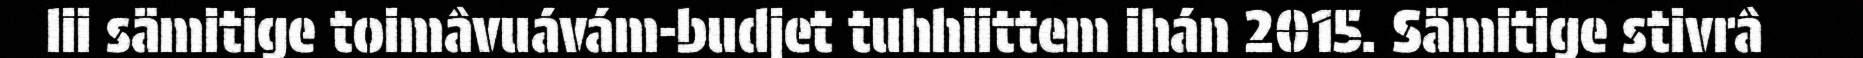
lii sämitige toimâvuávám-budjet tuhhiittem ihán 2015. Sämitige stivrâ